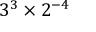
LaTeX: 3 ^ { 3 } \times 2 ^ { - 4 }